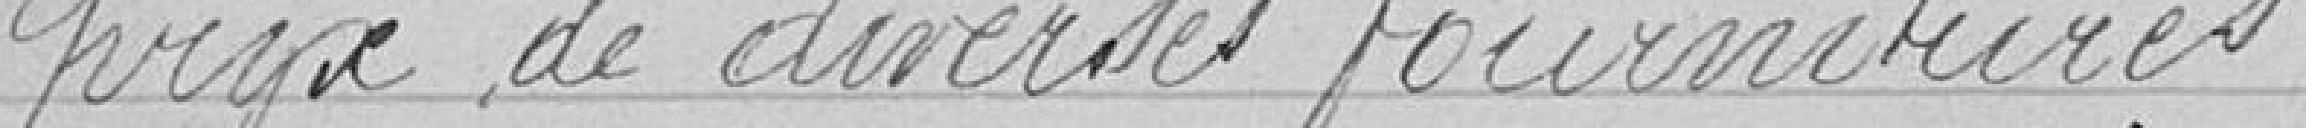
prix des diverses fournitures